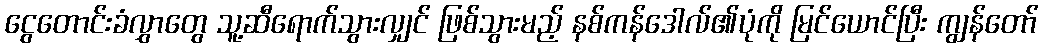
ငွေတောင်းခံလွှာတွေ သူ့ဆီရောက်သွားလျှင် ဖြစ်သွားမည့် နစ်ကန်ဒေါလ်၏ပုံကို မြင်ယောင်ပြီး ကျွန်တော်